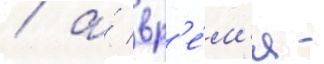
/ а́ вр'е́м'я -